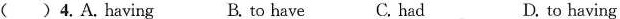
() 4.A.Having B. to have C. had D.to having